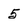
Character: 5